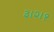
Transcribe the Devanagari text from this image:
३।२।१